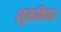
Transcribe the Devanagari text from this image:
शुरूकिया